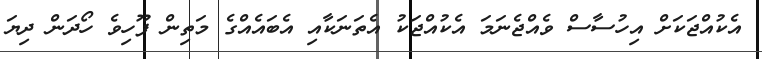
އެކުއްޖަކަށް އިހުސާސް ވެއްޖެނަމަ އެކުއްޖަކު އެތަނަކާއި އެބައެއްގެ މަތިން ފޫހިވެ ހޯދަން ދިޔަ